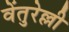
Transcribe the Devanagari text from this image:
वेंतुरेल्ली